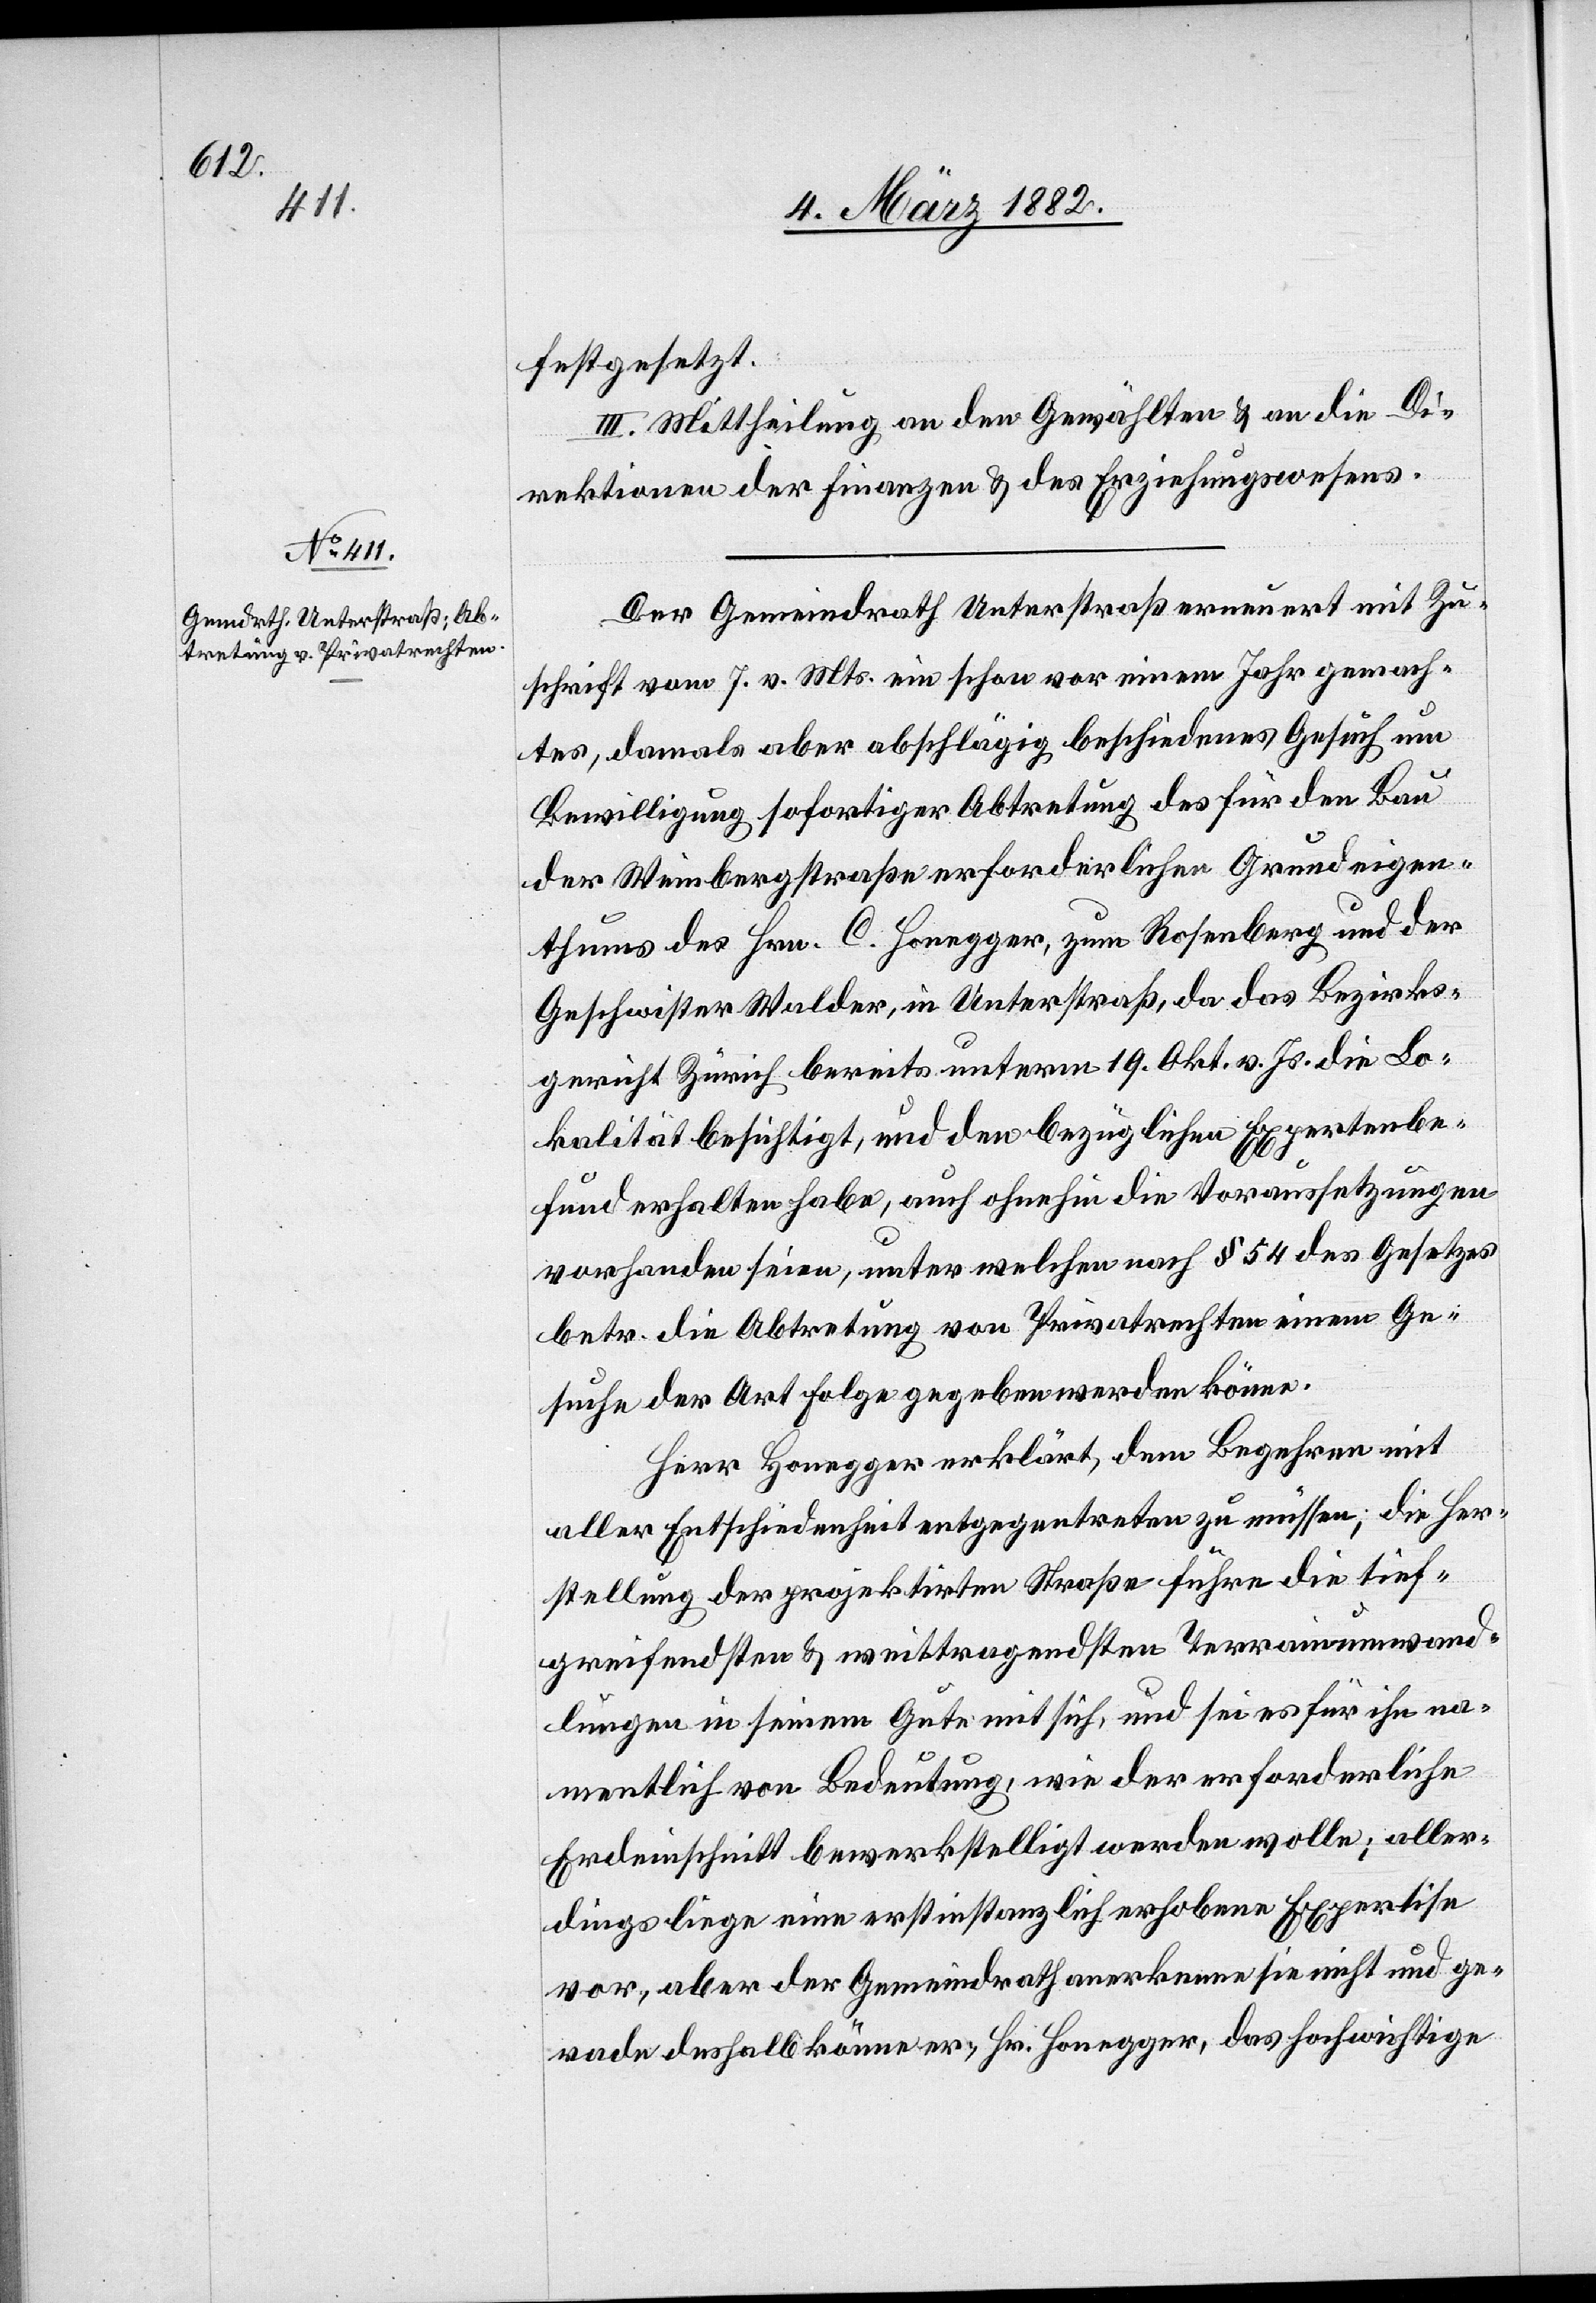
festgesetzt.
III. Mittheilung an den Gewählten & an die Di¬
rektionen der Finanzen & des Erziehungswesens.
Der Gemeindrath Unterstraß erneuert mit Zu¬
schrift vom 7. v. Mts. ein schon vor einem Jahr gemach¬
tes, damals aber abschlägig beschiedenes Gesuch um
Bewilligung sofortiger Abtretung des für den Bau
der Weinbergstraße erforderlichen Grundeigen¬
thums des Hrn. C. Honegger, zum Rosenberg und der
Geschwister Walder, in Unterstraß, da das Bezirks¬
gericht Zürich bereits unterm 19. Okt. v. Js. die Lo¬
kalität besichtigt, und den bezüglichen Expertenbe¬
fund erhalten habe, auch ohnehin die Voraussetzungen
vorhanden seien, unter welchen nach § 54 des Gesetzes
betr. die Abtretung von Privatrechten einem Ge¬
suche der Art Folge gegeben werden könne.
Herr Honegger erklärt, dem Begehren mit
aller Entschiedenheit entgegentreten zu müssen; die Her¬
stellung der projekirten Straße führe die tief¬
greifendsten & weittragendsten Terrainumwand¬
lungen in seinem Gute mit sich, und sei es für ihn na¬
mentlich von Bedeutung, wie der erforderliche
Erdeinschnitt bewerkstelligt werden wolle; aller¬
dings liege eine erstinstanzlich erhobene Expertise
vor, aber der Gemeindrath anerkenne sie nicht und ge¬
rade deshalb könne er, Hr. Honegger, das hochwichtige